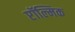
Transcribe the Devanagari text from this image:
प्टॉल्मिक